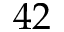
4 2